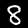
Digit: 8